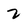
Character: 2